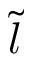
\tilde { l }